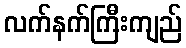
လက်နက်ကြီးကျည်